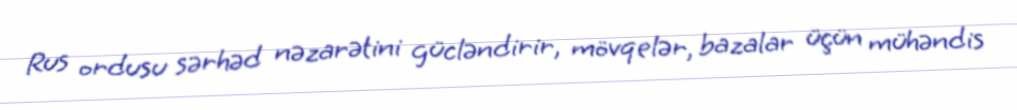
Rus ordusu sərhəd nəzarətini gücləndirir, mövqelər, bazalar üçün mühəndis